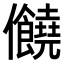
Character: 𠑬